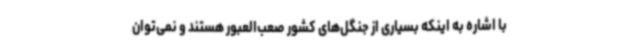
با اشاره به اینکه بسیاری از جنگل‌های کشور صعب‌العبور هستند و نمی‌توان